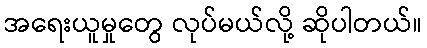
အရေးယူမှုတွေ လုပ်မယ်လို့ ဆိုပါတယ်။